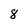
Character: 8